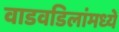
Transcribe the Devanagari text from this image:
वाडवडिलांमध्ये